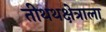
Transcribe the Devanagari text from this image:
तीथथक्षेत्राला